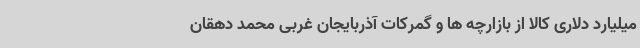
میلیارد دلاری کالا از بازارچه ها و گمرکات آذربایجان غربی محمد دهقان